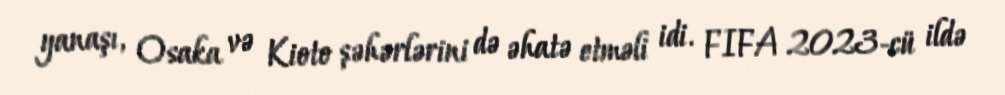
yanaşı, Osaka və Kioto şəhərlərini də əhatə etməli idi. FIFA 2023-cü ildə